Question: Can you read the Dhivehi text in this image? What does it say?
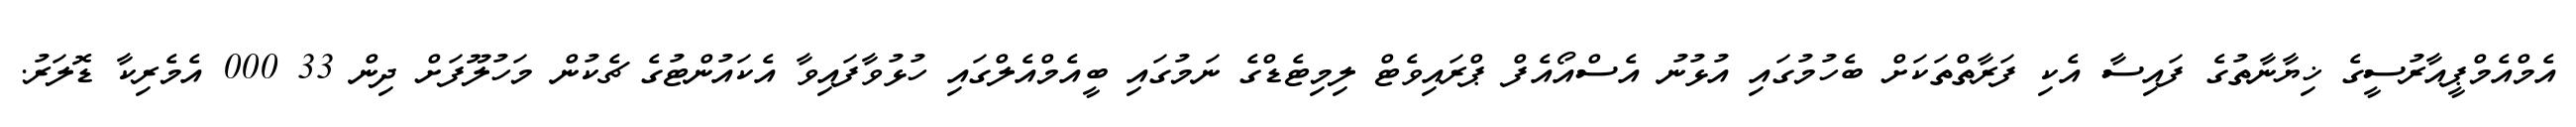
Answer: އެމްއެމްޕީއާރުސީގެ ޚިޔާނާތުގެ ފައިސާ އެކި ފަރާތްތަކަށް ބެހުމުގައި އުޅުނު އެސްއޯއެފް ޕްރައިވެޓް ލިމިޓެޑްގެ ނަމުގައި ބީއެމްއެލްގައި ހުޅުވާފައިވާ އެކައުންޓުގެ ޗެކުން މަހުލޫފަށް ދިން 33 000 އެމެރިކާ ޑޮލަރު.